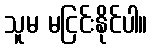
သူမ မငြင်းနိုင်ပါ။